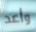
وأعد